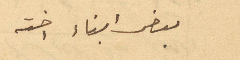
بعض ابناء اخته